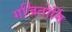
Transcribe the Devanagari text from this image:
गर्जितोर्मि